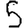
Digit: 5